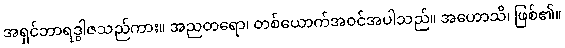
အရှင်ဘာရဒွါဇသည်ကား။ အညတရော၊ တစ်ယောက်အဝင်အပါသည်။ အဟောသိ၊ ဖြစ်၏။